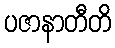
ပဇာနာတီတိ